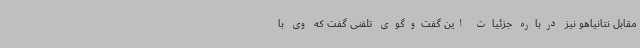
مقابل نتانیاهو نیز درباره جزئیات این گفت‌وگوی تلفنی گفت که وی با